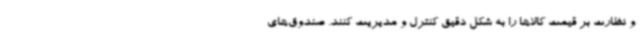
و نظارت بر قیمت کالاها را به شکل دقیق کنترل و مدیریت کنند. صندوق‌های